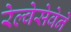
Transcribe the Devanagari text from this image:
रेल्वेसेवेने